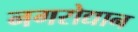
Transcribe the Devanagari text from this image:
नगरोद्यान